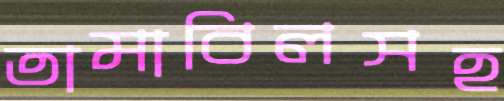
তামাবিলসহ